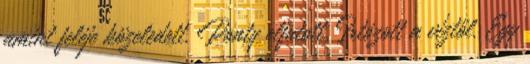
amint feléje közeledett, Ponty elfutott. Irtózott a víztől. Egy